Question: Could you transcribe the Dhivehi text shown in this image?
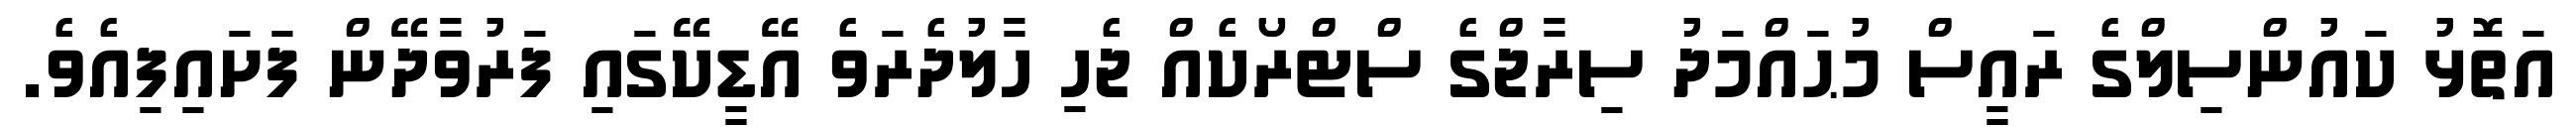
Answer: އަތޮޅު ކައުންސިލްގެ ރައީސް މުޙައްމަދު ސިރާޖްގެ ސްޓްރޯކެއް ޖެހި ހާލުދެރަވެ އޭޑީކޭގައި ފަރުވާދޭން ފަށައިފިއެވެ.